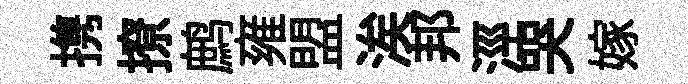
携撩鹧雍盟涘邦涇哭嫁